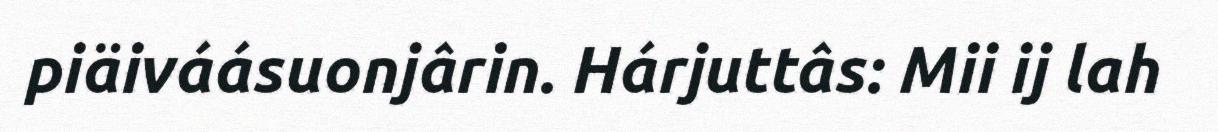
piäiváásuonjârin. Hárjuttâs: Mii ij lah